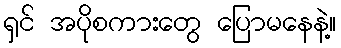
ရှင် အပိုစကားတွေ ပြောမနေနဲ့။